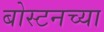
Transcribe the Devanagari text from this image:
बोस्टनच्या